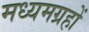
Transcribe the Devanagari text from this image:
मध्यमग्रहों